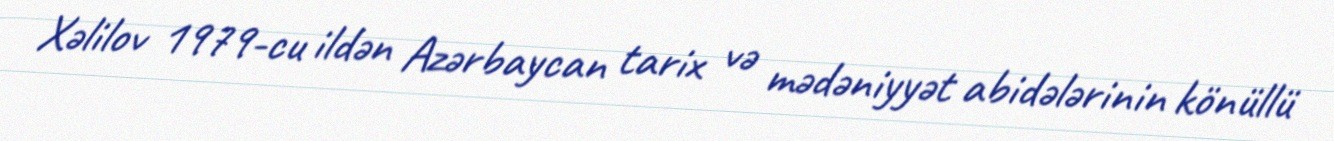
Xəlilov 1979-cu ildən Azərbaycan tarix və mədəniyyət abidələrinin könüllü